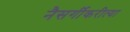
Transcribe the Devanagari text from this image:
नैसर्गीकरीत्या